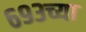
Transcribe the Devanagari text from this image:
६९३च्या